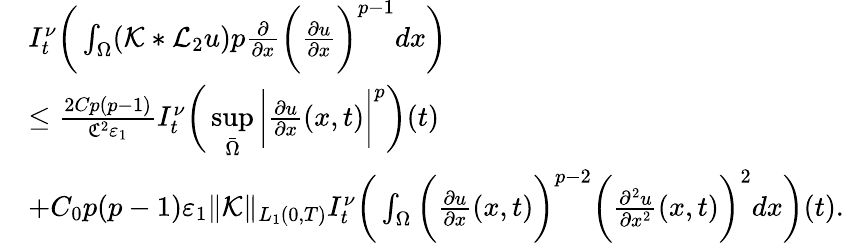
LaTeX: \begin{array}{rl}&{I_{t}^{\nu}\bigg(\int_{\Omega}(\mathcal{K}*\mathcal{L}_{2}u)p\frac{\partial}{\partial x}\bigg(\frac{\partial u}{\partial x}\bigg)^{p-1}dx\bigg)}\\ &{\leq\frac{2Cp(p-1)}{\mathfrak{C}^{2}\varepsilon_{1}}I_{t}^{\nu}\bigg(\underset{\bar{\Omega}}{\operatorname*{sup}}\bigg|\frac{\partial u}{\partial x}(x,t)\bigg|^{p}\bigg)(t)}\\ &{+C_{0}p(p-1)\varepsilon_{1}\| \mathcal{K}\| _{L_{1}(0,T)}I_{t}^{\nu}\bigg(\int_{\Omega}\bigg(\frac{\partial u}{\partial x}(x,t)\bigg)^{p-2}\bigg(\frac{\partial^{2}u}{\partial x^{2}}(x,t)\bigg)^{2}dx\bigg)(t).}\end{array}